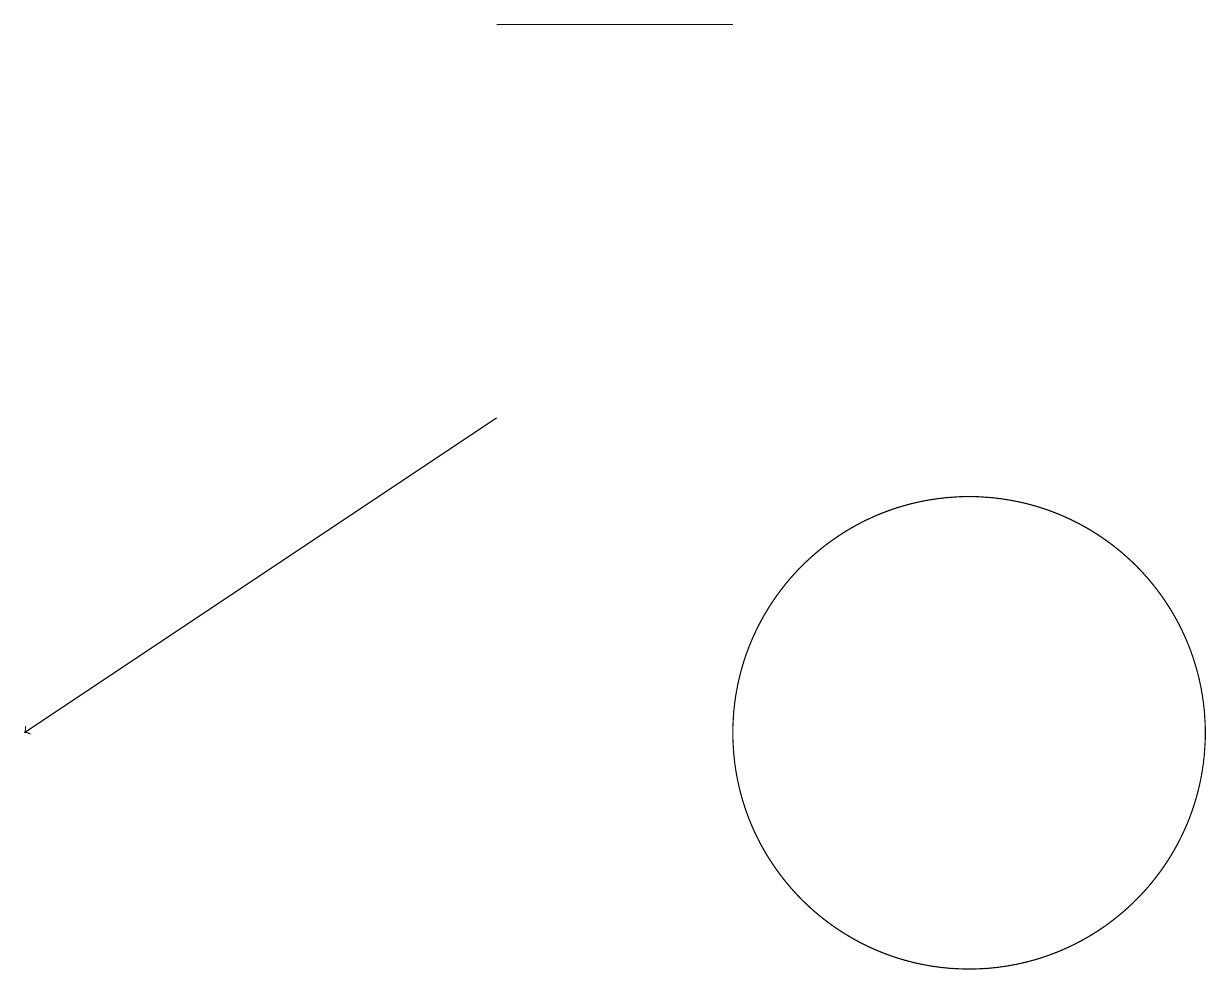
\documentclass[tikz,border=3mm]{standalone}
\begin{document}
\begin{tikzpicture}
\draw[->] (6,14) -- (0,10);
\draw (9,19) rectangle (6,19);
\draw (12,10) circle (3);
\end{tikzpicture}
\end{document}